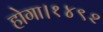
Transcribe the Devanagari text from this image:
होगा।१४९२